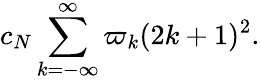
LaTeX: c_{N}\sum_{k=-\infty}^{\infty}\varpi_{k}(2k+1)^{2}.